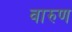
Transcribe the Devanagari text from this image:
वारुण